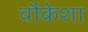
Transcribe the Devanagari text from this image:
वौकेशा